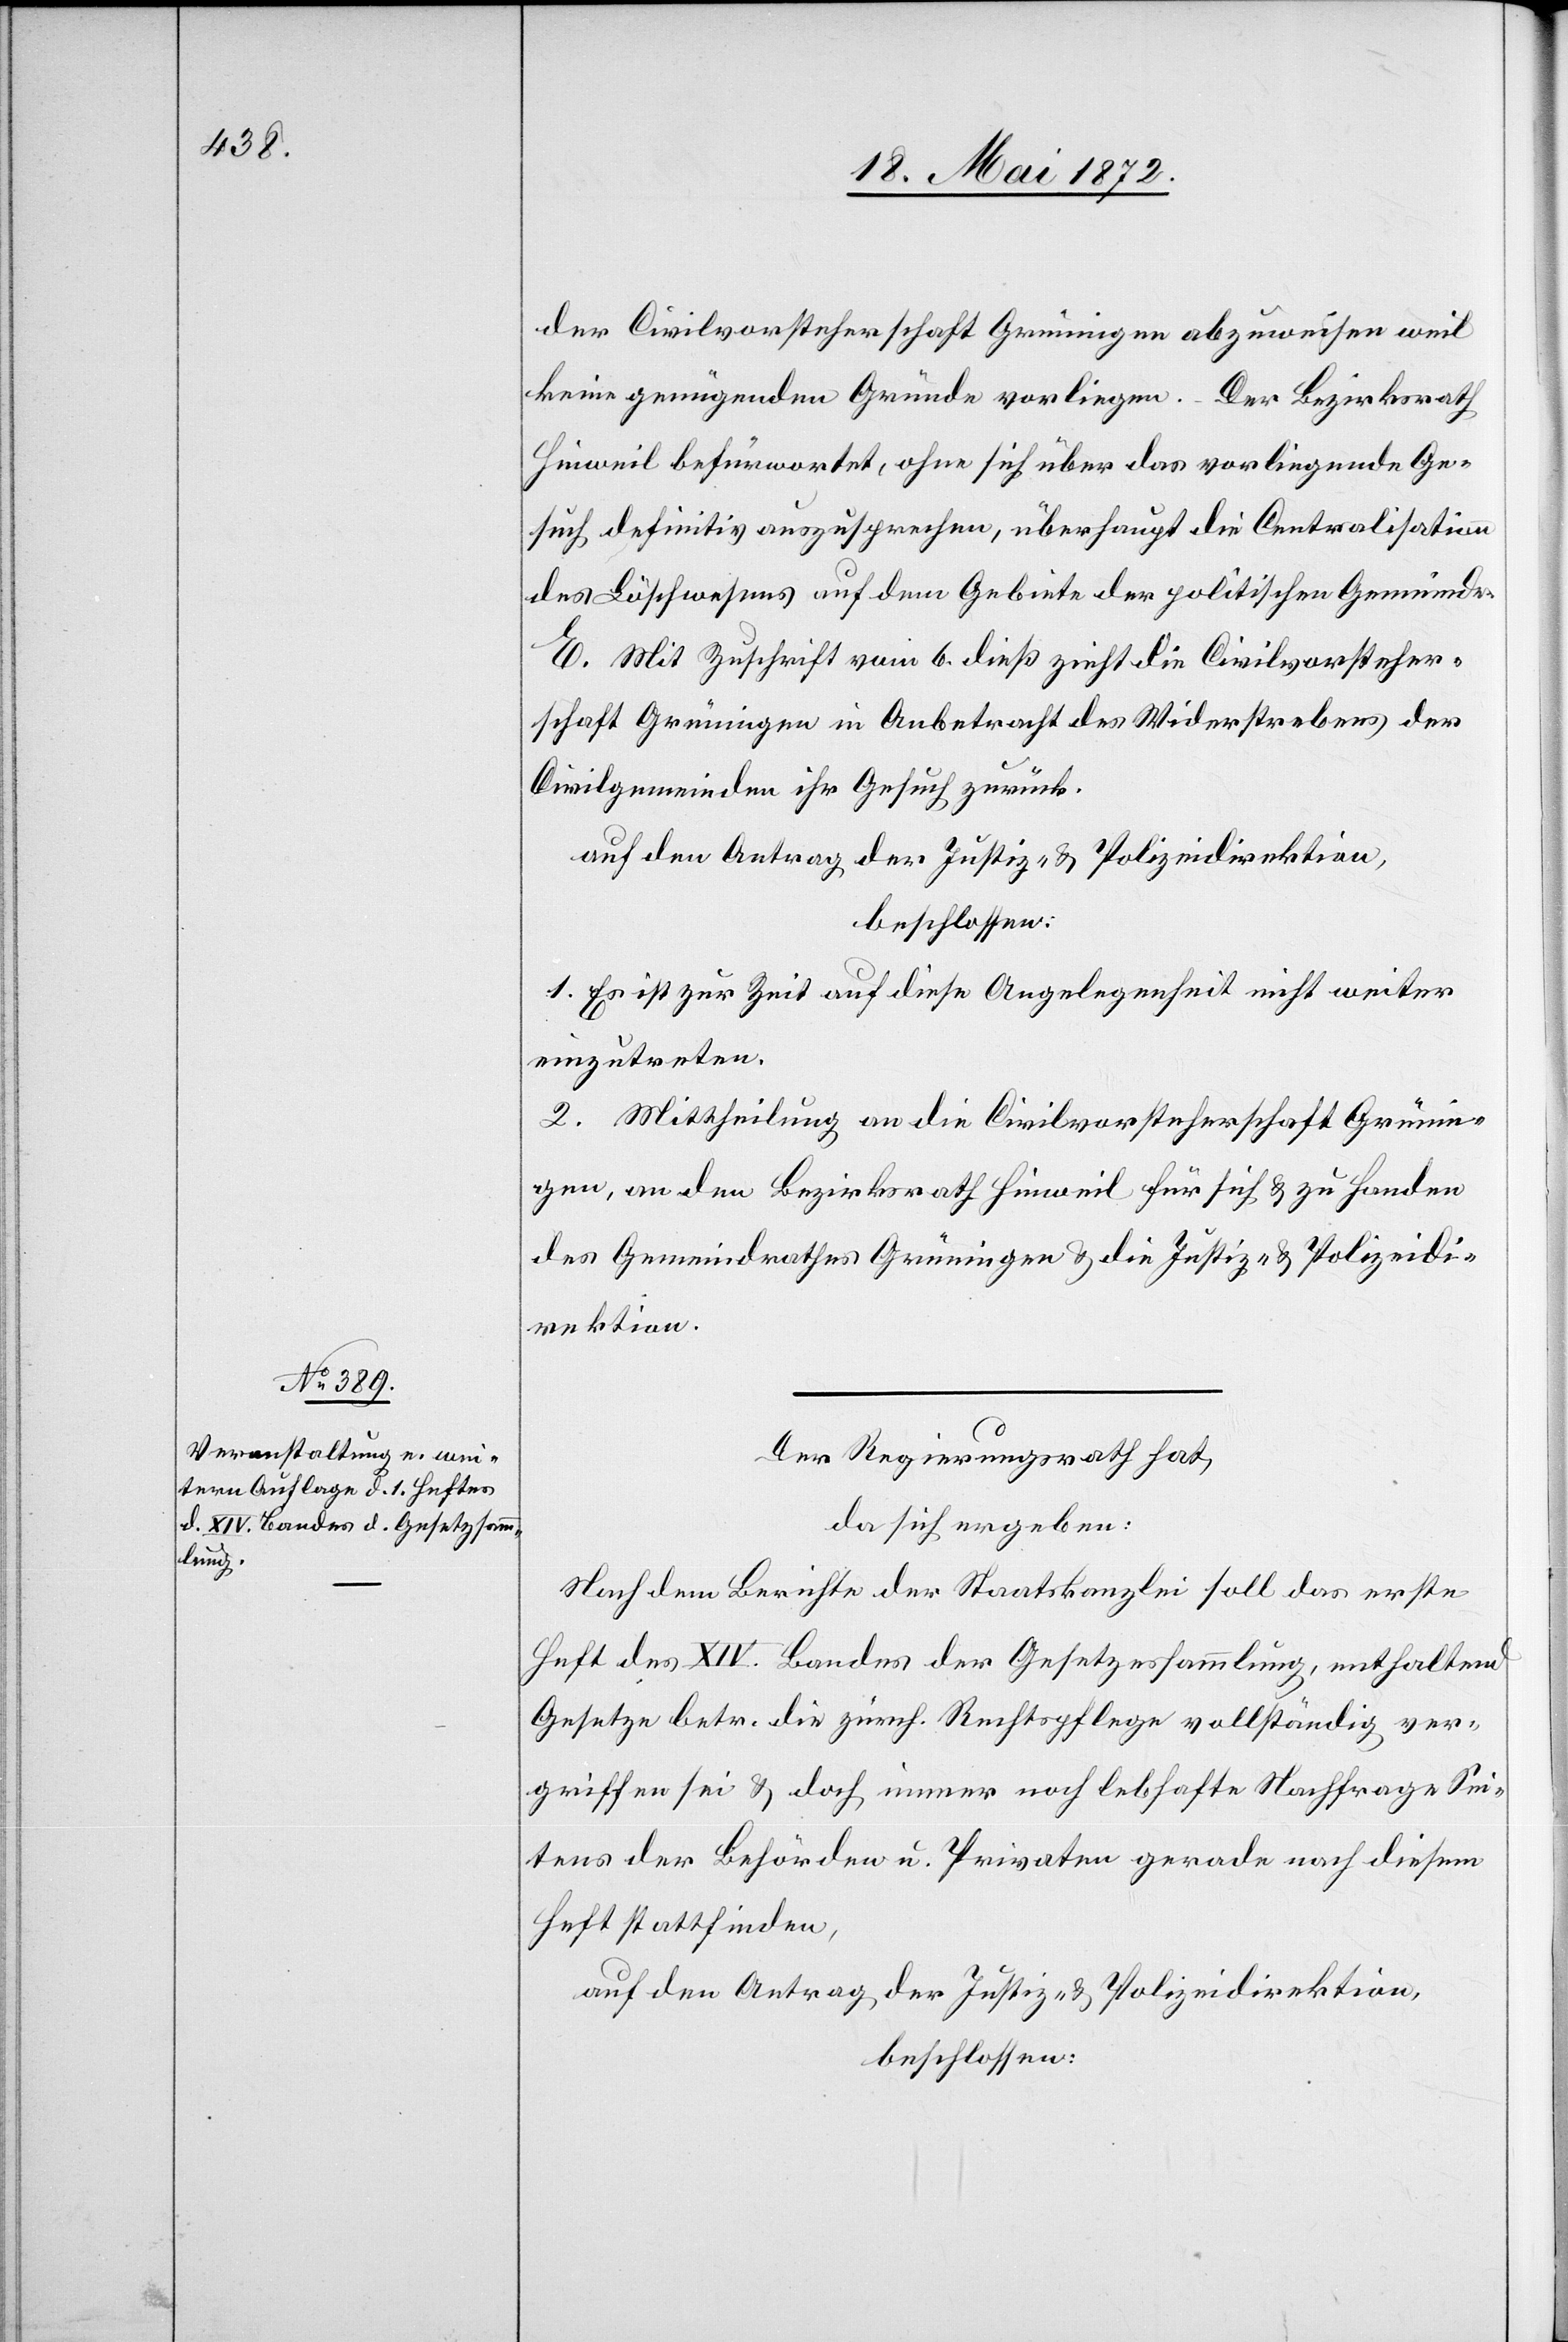
der Civilvorsteherschaft Grüningen abzuweisen weil
keine genügenden Gründe vorliegen. Der Bezirksrath
Hinweil befürwortet, ohne sich über das vorliegende Ge¬
such definitiv auszusprechen, überhaupt die Centralisation
des Löschwesens auf dem Gebiete der politischen Gemeinde.
Mit Zuschrift vom 6. dieß zieht die Civilvorsteher¬
schaft Grüningen in Anbetracht des Widerstrebens der
Civilgemeinden ihr Gesuch zurück.
auf den Antrag der Justiz- u. Polizeidirektion,
beschlossen:
1. Es ist zur Zeit auf diese Angelegenheit nicht weiter
einzutreten.
2. Mittheilung an die Civilvorsteherschaft Grünin¬
gen, an den Bezirksrath Hinweil für sich u. zu Handen
des Gemeindrathes Grüningen u. die Justiz- u. Polizeidi¬
rektion.
Der Regierungsrath hat,
da sich ergeben:
Nach dem Berichte der Staatskanzlei soll das erste
Heft des XIV. Bandes der Gesetzessammlung, enthaltend
Gesetze betr. die zürch. Rechtspflege[,] vollständig ver¬
griffen sei[n] u. die immer noch lebhafte Nachfrage Sei¬
tes der Behörden u. Privaten gerade nach diesem
Heft stattfinden,
auf den Antrag der Justiz- u. Polizeidirektion,
beschlossen: